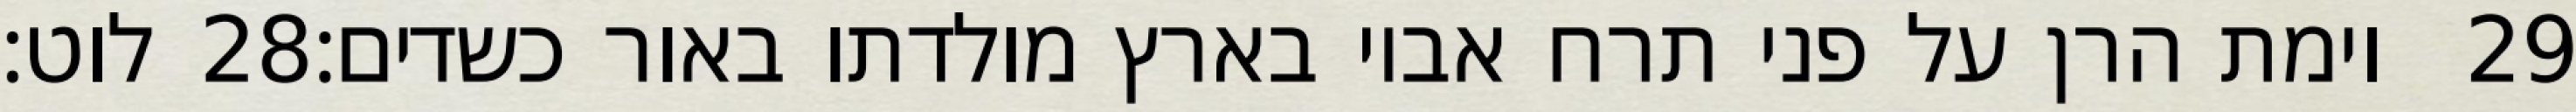
לוט׃ ‎28‏ וימת הרן על פני תרח אביו בארץ מולדתו באור כשדים׃ ‎29‏